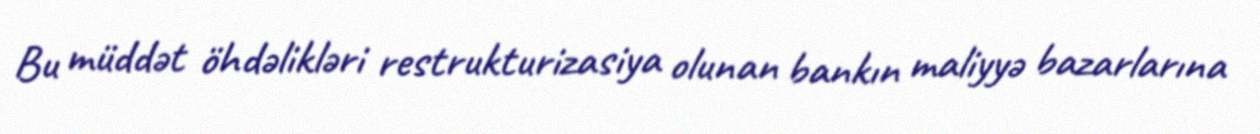
Bu müddət öhdəlikləri restrukturizasiya olunan bankın maliyyə bazarlarına